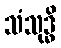
သံသုဒ္ဓိ